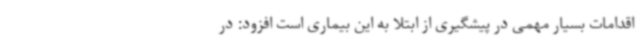
اقدامات بسیار مهمی در پیشگیری از ابتلا به این بیماری است افزود: در